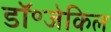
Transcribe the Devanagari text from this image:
डॉ॰जेकिल